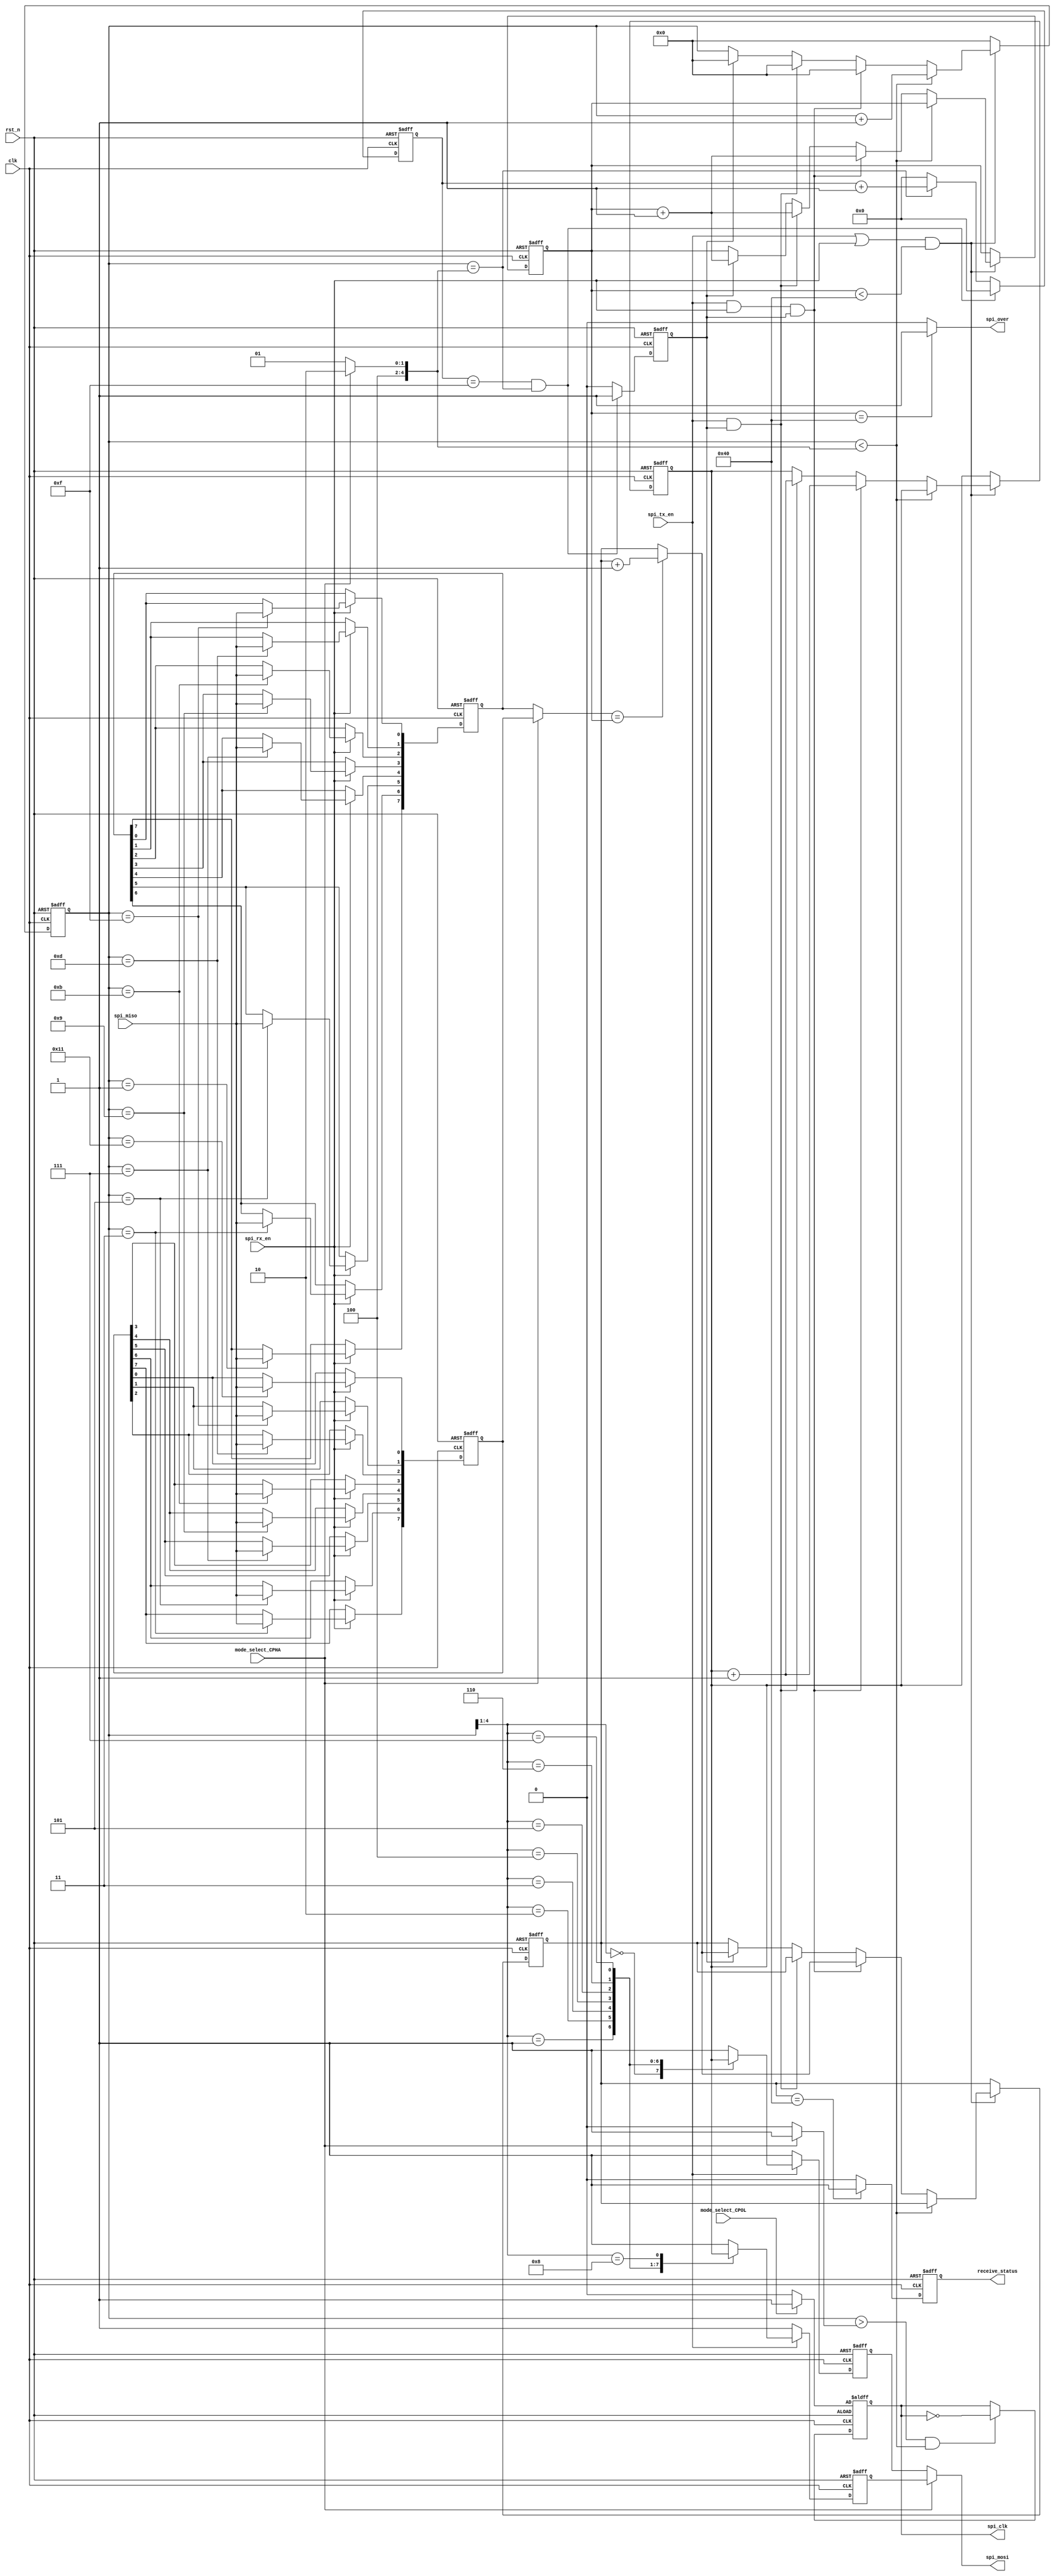
module spi_master(

clk,rst_n,

spi_miso,spi_mosi,spi_clk,

spi_tx_en,spi_rx_en,spi_over,mode_select_CPHA,mode_select_CPOL,receive_status

);

input clk;

input rst_n;

input spi_miso;

output spi_mosi;

output spi_clk;

input spi_tx_en;

output spi_over;

output receive_status;

input spi_rx_en;

input mode_select_CPHA;

input mode_select_CPOL;

reg[7:0] data_count;

reg[7:0] recv_detect;

reg[7:0] spi_tx_db;

reg[4:0] cnt8;

reg spi_clkr;

reg spi_mosir;

reg spi_mosir1;

reg receive_status;

reg[7:0] spi_rx_dbr;

reg[7:0] spi_rx_dbr1;

wire[7:0] spi_rx_db;

wire[4:0] mode_reg;

wire[4:0] start_reg;
/***********************************************************************
*detect spi mode
***********************************************************************/
assign mode_reg = mode_select_CPHA ? 5'd18 : 5'd17;

assign start_reg = mode_select_CPHA ? 5'd1 : 5'd0;

/***********************************************************************
*control the spi timimg
***********************************************************************/
always @(posedge clk or negedge rst_n) begin
	if(!rst_n) begin
		cnt8 <= 5'd0;
		data_count <= 8'h0;
		spi_tx_db  <= 8'h0;
		recv_detect <= 8'h0;
		end
	else if((spi_tx_en || spi_rx_en) && ((data_count < 8'd64) )) begin
		if(cnt8 < mode_reg)
			cnt8 <= cnt8+1'b1;
		else begin
			if(spi_tx_en && spi_rx_en && delay_flag == 1'b1) begin
				cnt8 <= 5'd0;
				data_count <= data_count + 1'b1;
				spi_tx_db <= spi_tx_db + 1'b1;
				recv_detect <= (spi_rx_db == data_count) ? (recv_detect+1'b1) : recv_detect;
				end
			else begin
				if(spi_tx_en && delay_flag == 1'b1) begin
					cnt8 <= 5'd0;
					data_count <= data_count + 1'b1;
					spi_tx_db <= spi_tx_db + 1'b1;
				end
				else if(delay_flag == 1'b1)begin
					cnt8 <= 5'd0;
					data_count <= data_count + 1'b1;
					recv_detect <= (spi_rx_db == data_count) ? (recv_detect+1'b1) : recv_detect;
				end
			end
		end
	end
	else begin 
	 cnt8 <= 5'd0;
	 data_count <= data_count;
	end
end

/***********************************************************************
*generate spi clk
***********************************************************************/
always @(posedge clk or negedge rst_n) begin
	if(!rst_n)
		spi_clkr <= mode_select_CPOL ? 1'b1 : 1'b0;
	else if(cnt8 > start_reg && cnt8 < mode_reg)
				spi_clkr <= ~spi_clkr;
			else
				spi_clkr <= spi_clkr;
end

assign spi_clk = spi_clkr;

/***********************************************************************
*spi master output data
***********************************************************************/
always @(posedge clk or negedge rst_n) begin
	if(!rst_n) 
		spi_mosir <= 1'b1;
	else if(spi_tx_en) begin
				case(cnt8[4:1])
				   4'd0: spi_mosir <= spi_tx_db[7];
					
					4'd1: spi_mosir <= spi_tx_db[6];

					4'd2: spi_mosir <= spi_tx_db[5];

					4'd3: spi_mosir <= spi_tx_db[4];

					4'd4: spi_mosir <= spi_tx_db[3];

					4'd5: spi_mosir <= spi_tx_db[2];

					4'd6: spi_mosir <= spi_tx_db[1];

					4'd7: spi_mosir <= spi_tx_db[0];

					default: spi_mosir <= 1'b1;
				endcase
			end
	else 
		spi_mosir <= 1'b1;
end

always @(posedge clk or negedge rst_n) begin
	if(!rst_n) 
		spi_mosir1 <= 1'b1;
	else if(spi_tx_en) begin
				case(cnt8[4:1])
				   4'd1: spi_mosir1 <= spi_tx_db[7];
					
					4'd2: spi_mosir1 <= spi_tx_db[6];

					4'd3: spi_mosir1 <= spi_tx_db[5];

					4'd4: spi_mosir1 <= spi_tx_db[4];

					4'd5: spi_mosir1 <= spi_tx_db[3];

					4'd6: spi_mosir1 <= spi_tx_db[2];

					4'd7: spi_mosir1 <= spi_tx_db[1];

					4'd8: spi_mosir1 <= spi_tx_db[0];

					default: spi_mosir1 <= 1'b1;
				endcase
			end
	else 
		spi_mosir1 <= 1'b1;
end

assign spi_mosi = mode_select_CPHA ? spi_mosir1 : spi_mosir;

/***********************************************************************
*spi master input data
***********************************************************************/
always @(posedge clk or negedge rst_n) begin
	if(!rst_n) 
		spi_rx_dbr <= 8'hff;
	else if(spi_rx_en) begin
				case(cnt8)
					5'd1: spi_rx_dbr[7] <= spi_miso;	

					5'd3: spi_rx_dbr[6] <= spi_miso;	

					5'd5: spi_rx_dbr[5] <= spi_miso;	

					5'd7: spi_rx_dbr[4] <= spi_miso;	

					5'd9: spi_rx_dbr[3] <= spi_miso;	

					5'd11: spi_rx_dbr[2] <= spi_miso;	

					5'd13: spi_rx_dbr[1] <= spi_miso;	

					5'd15: spi_rx_dbr[0] <= spi_miso;	
					
					default: spi_rx_dbr <= spi_rx_dbr;
				endcase
			end
end

always @(posedge clk or negedge rst_n) begin
	if(!rst_n) 
		spi_rx_dbr1 <= 8'hff;
	else if(spi_rx_en) begin
				case(cnt8)
					5'd3: spi_rx_dbr1[7] <= spi_miso;	

					5'd5: spi_rx_dbr1[6] <= spi_miso;	

					5'd7: spi_rx_dbr1[5] <= spi_miso;	

					5'd9: spi_rx_dbr1[4] <= spi_miso;	

					5'd11: spi_rx_dbr1[3] <= spi_miso;	

					5'd13: spi_rx_dbr1[2] <= spi_miso;	

					5'd15: spi_rx_dbr1[1] <= spi_miso;	

					5'd17: spi_rx_dbr1[0] <= spi_miso;	
					
					default: spi_rx_dbr1 <= spi_rx_dbr1;
				endcase
			end
end

assign spi_rx_db = mode_select_CPHA ? spi_rx_dbr1 : spi_rx_dbr;

assign spi_over = (data_count == 8'd64) ? 1'b1 :1'b0;

always @(posedge clk or negedge rst_n) begin
	if(!rst_n) 
		receive_status <= 1'b0;
	else
		receive_status <= (recv_detect == 8'd64) ? 1'b1 : 1'b0;
end
/***********************************************************************
*spi master delay
***********************************************************************/
reg delay_flag;
reg [31:0] delay_cnt;
always@(posedge clk or negedge rst_n)begin
	if(!rst_n)begin 
	 delay_flag <= 1'b1;
	 delay_cnt  <= 'h0;
	end
	else if(delay_cnt == 'hF && cnt8 == mode_reg)begin
		delay_cnt <= 'h0;
		delay_flag <= 1'b1;
	end
	else begin
		delay_cnt <= (cnt8 == mode_reg) ? (delay_cnt + 1'b1) : 'h0;
		delay_flag <= 1'b0;
	end
		
	 
end
endmodule